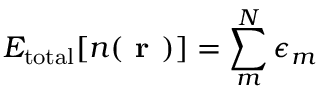
E _ { \mathrm { t o t a l } } [ n ( \textbf { r } ) ] = \sum _ { m } ^ { N } \epsilon _ { m }